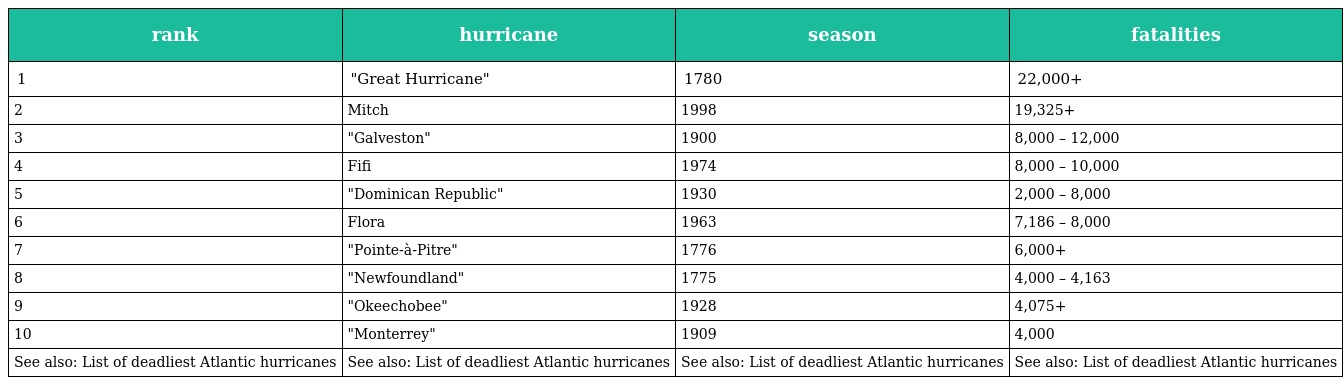
| rank | hurricane | season | fatalities |
 | --- | --- | --- | --- |
 | 1 | "Great Hurricane" | 1780 | 22,000+ |
 | 2 | Mitch | 1998 | 19,325+ |
 | 3 | "Galveston" | 1900 | 8,000 – 12,000 |
 | 4 | Fifi | 1974 | 8,000 – 10,000 |
 | 5 | "Dominican Republic" | 1930 | 2,000 – 8,000 |
 | 6 | Flora | 1963 | 7,186 – 8,000 |
 | 7 | "Pointe-à-Pitre" | 1776 | 6,000+ |
 | 8 | "Newfoundland" | 1775 | 4,000 – 4,163 |
 | 9 | "Okeechobee" | 1928 | 4,075+ |
 | 10 | "Monterrey" | 1909 | 4,000 |
 | See also: List of deadliest Atlantic hurricanes | See also: List of deadliest Atlantic hurricanes | See also: List of deadliest Atlantic hurricanes | See also: List of deadliest Atlantic hurricanes |